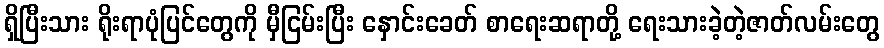
ရှိပြီးသား ရိုးရာပုံပြင်တွေကို မှီငြမ်းပြီး နှောင်းခေတ် စာရေးဆရာတို့ ရေးသားခဲ့တဲ့ဇာတ်လမ်းတွေ